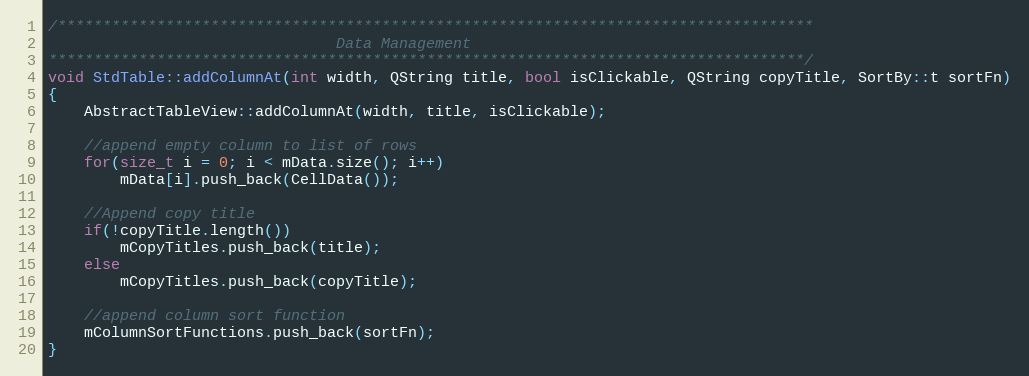
Language: C++
/************************************************************************************
                                Data Management
************************************************************************************/
void StdTable::addColumnAt(int width, QString title, bool isClickable, QString copyTitle, SortBy::t sortFn)
{
    AbstractTableView::addColumnAt(width, title, isClickable);

    //append empty column to list of rows
    for(size_t i = 0; i < mData.size(); i++)
        mData[i].push_back(CellData());

    //Append copy title
    if(!copyTitle.length())
        mCopyTitles.push_back(title);
    else
        mCopyTitles.push_back(copyTitle);

    //append column sort function
    mColumnSortFunctions.push_back(sortFn);
}